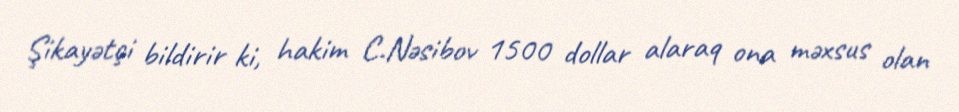
Şikayətçi bildirir ki, hakim C.Nəsibov 1500 dollar alaraq ona məxsus olan